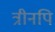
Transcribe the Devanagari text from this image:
त्रीनपि